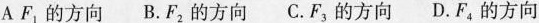
A F_{1}的方向B.F_{2}的方向C.F_{3}的方向D.F_{4}的方向